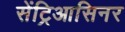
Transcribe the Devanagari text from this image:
सेंट्रिआसिनर